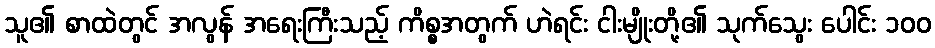
သူ၏ စာထဲတွင် အလွန် အရေးကြီးသည့် ကိစ္စအတွက် ဟဲရင်း ငါးမျိုးတို့၏ သုက်သွေး ပေါင်း ၁၀၀